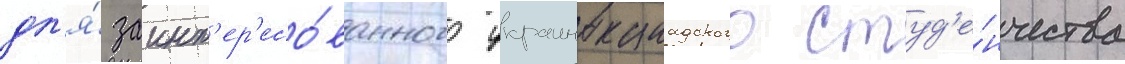
дл'я́ заинт'ер'есо́ванного украиноканадского студ'е́нчества